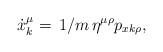
LaTeX: \begin{align*}\dot{x}^\mu_{k}=\,{1}/{m}\,\eta^{\mu\rho}p_{xk\rho}, \end{align*}